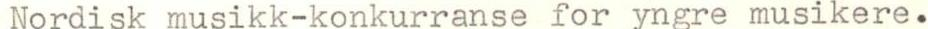
Nordisk musikk-konkurranse for yngre musikere.